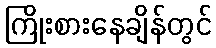
ကြိုးစားနေချိန်တွင်